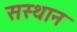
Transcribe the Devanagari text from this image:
सस्थान